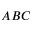
A B C